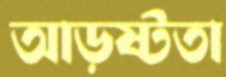
আড়ষ্টতা